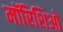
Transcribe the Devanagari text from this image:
मॉरिशिओ